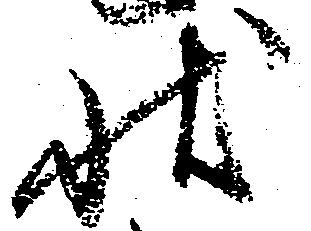
状